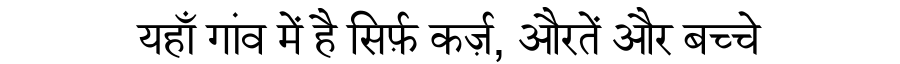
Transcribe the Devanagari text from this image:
यहाँ गांव में है सिर्फ़ कर्ज़, औरतें और बच्चे